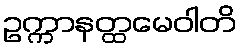
ဥက္ကာနတ္ထမေဝါတိ